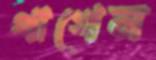
থাখেন